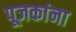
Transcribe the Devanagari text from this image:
पूजकांना